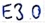
Text: E3.0